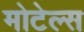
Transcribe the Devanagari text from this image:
मोटेल्स